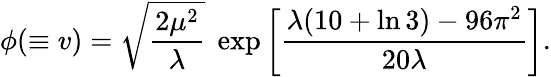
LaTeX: \phi(\equiv v)=\sqrt{\frac{2\mu^{2}}{\lambda}}\; \exp\left[\frac{\lambda(10+\ln 3)-96\pi^{2}}{20\lambda}\right].